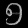
Digit: ၅